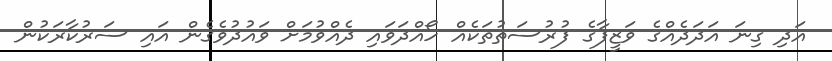
އަދި ގިނަ އަދަދެއްގެ ވަޒީފާގެ ފުރުސަތުތަކެއް ހޯއްދަވައި ދެއްވުމަށް ވައުދުވެގެން އައި ސަރުކާރަކުން